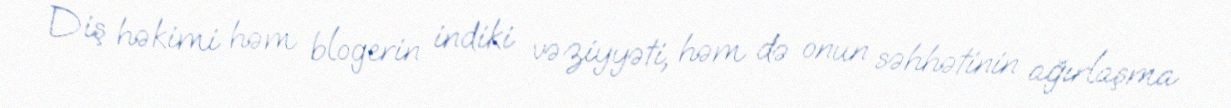
Diş həkimi həm blogerin indiki vəziyyəti, həm də onun səhhətinin ağırlaşma